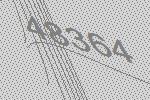
48364